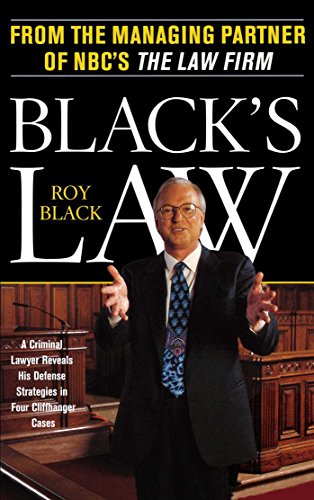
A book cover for BLACK'S LAW: A Criminal Lawyer Reveals His Defense Strategies in Four Cliffhanger Cases; Roy Black; Law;